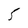
Character: 5